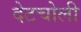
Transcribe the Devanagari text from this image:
देटचोली